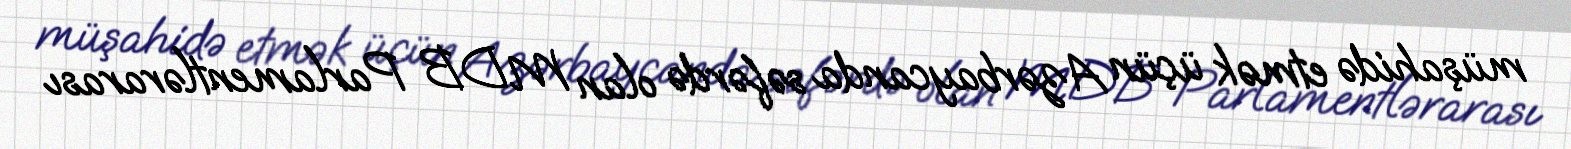
müşahidə etmək üçün Azərbaycanda səfərdə olan MDB Parlamentlərarası